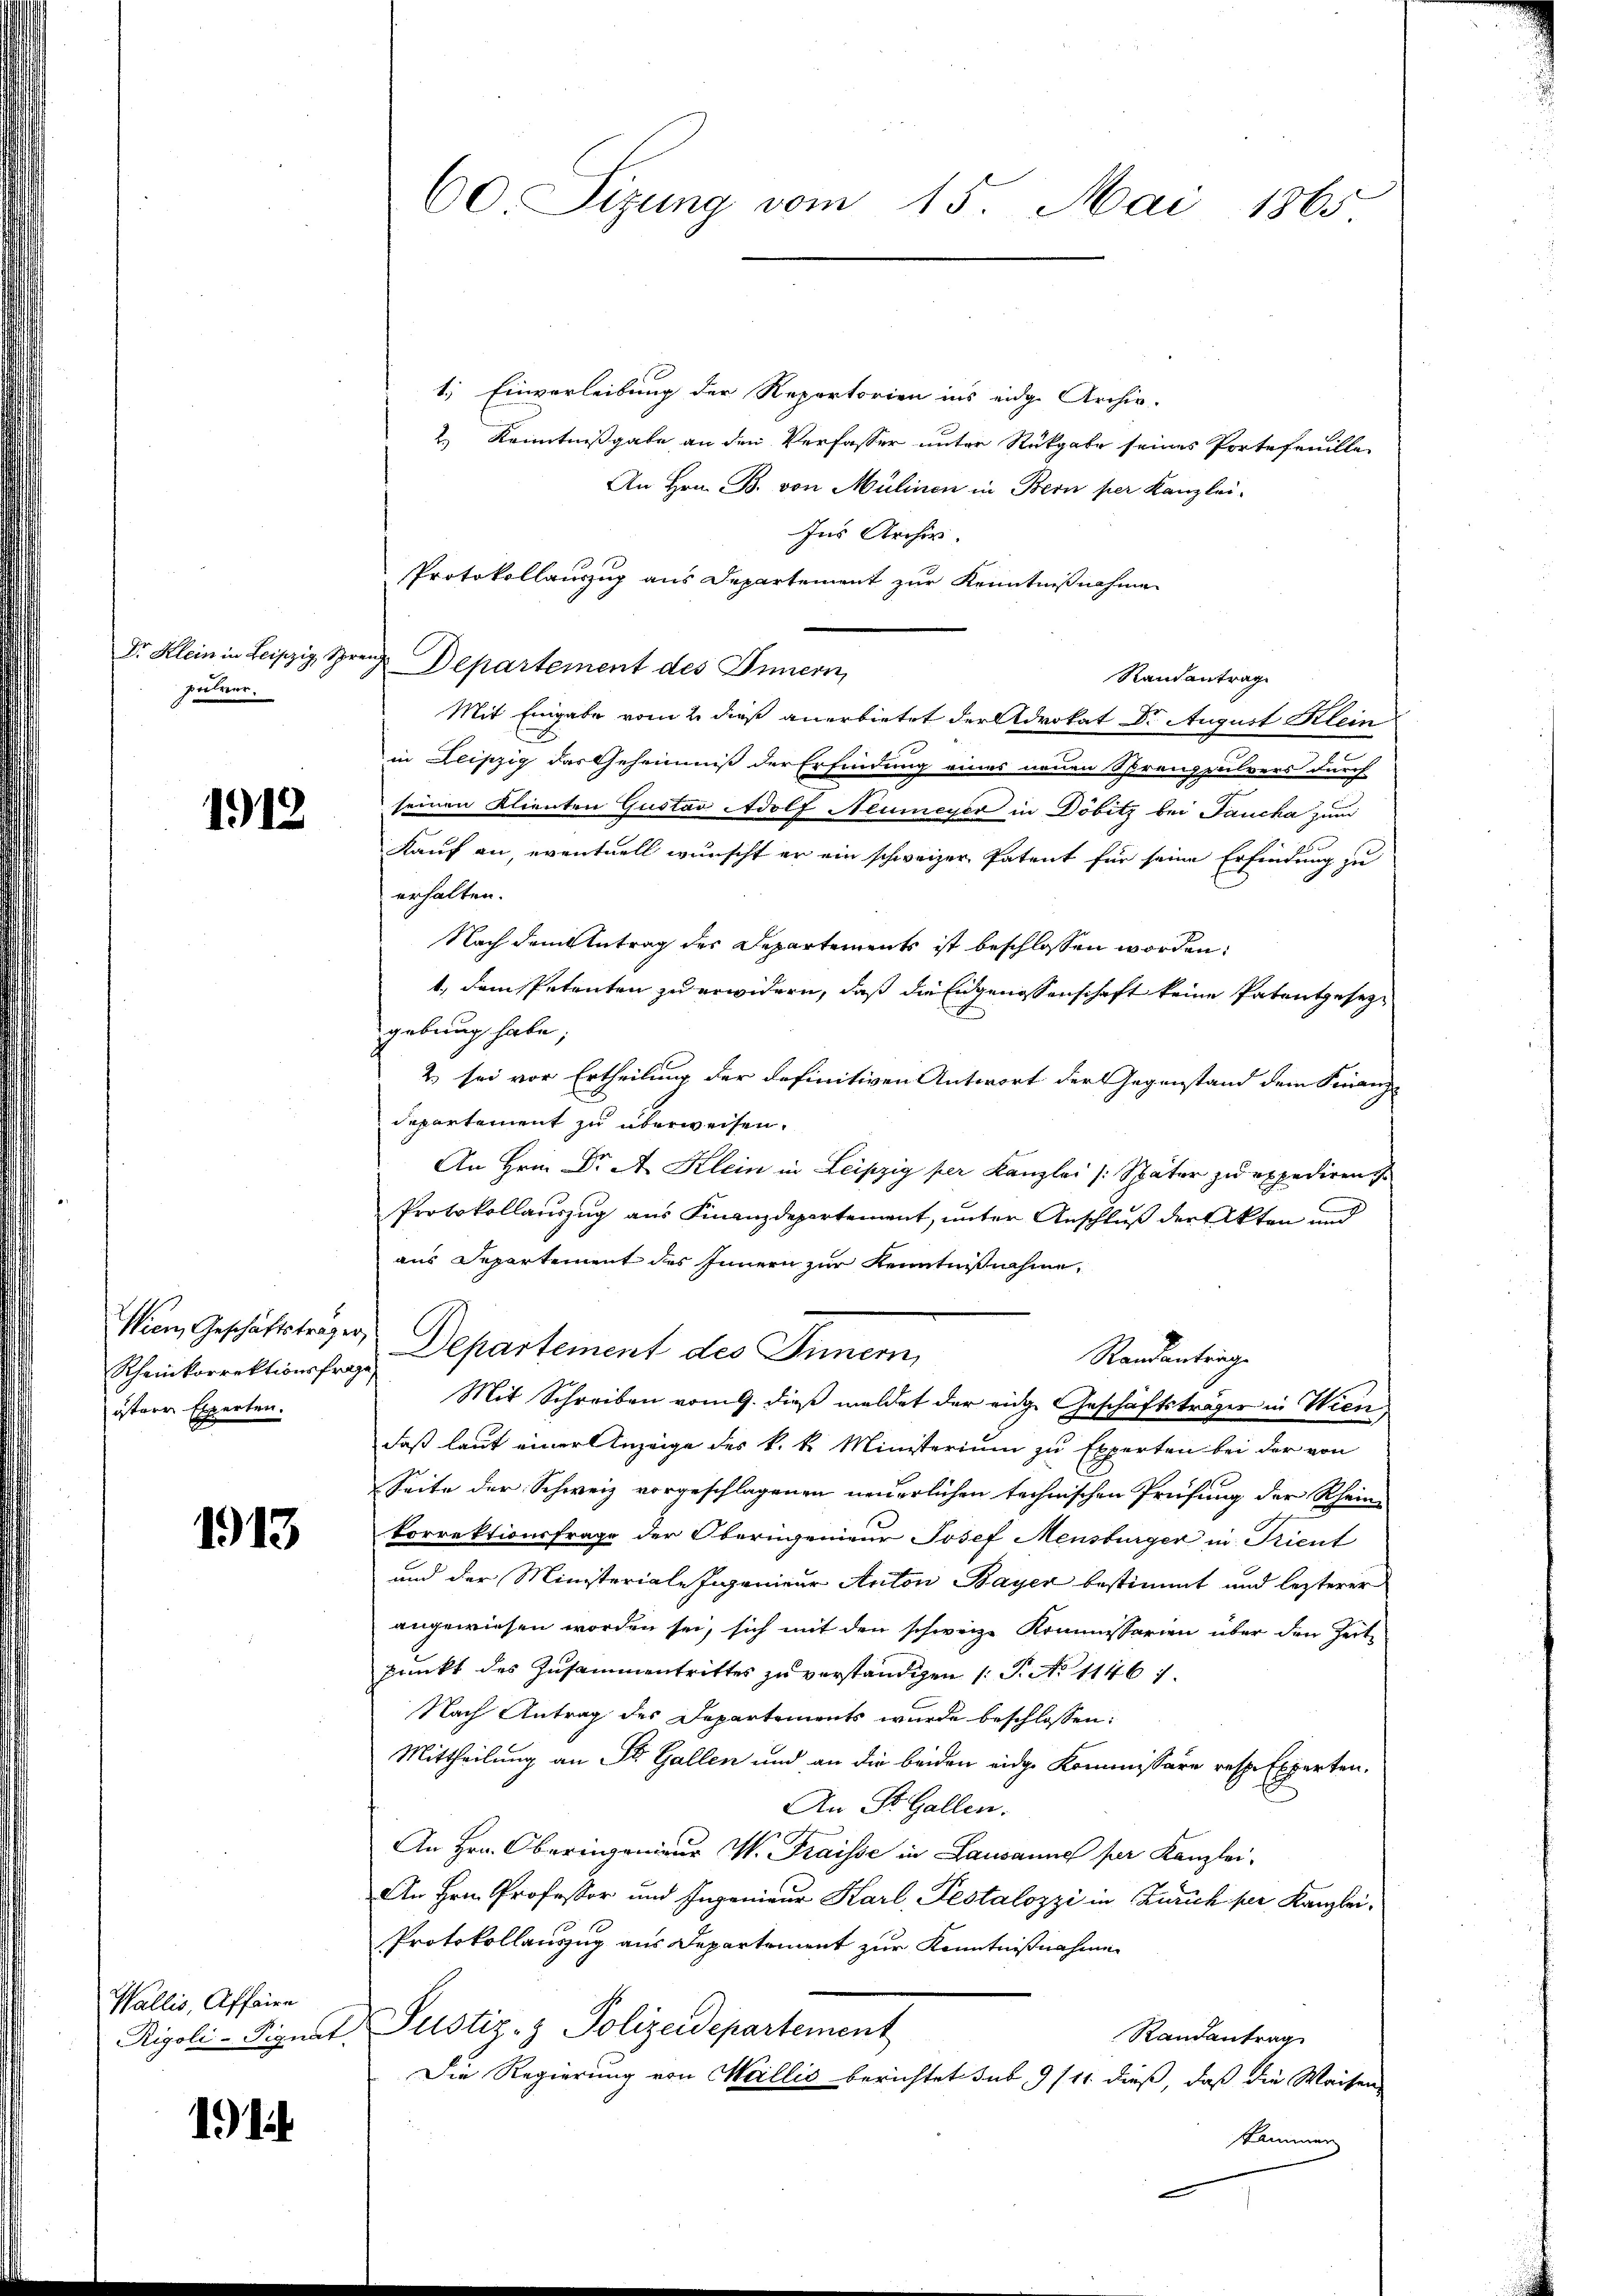
Dr. Klein in Leipzig, Spreng
pulver.

1913

Wien, Geschäftsträger,
östere Experten.

1913

Wallis, Affaire

1) i

1. Einverleibung der Repartorien ins eidge Archiv-
2) Kenntnißgabe an den Verfasser unter Rückgabe seines Portefanille
An Hrn. B. von Mülinen in Bern per Kanzlei-
Ins Archiv.
Protokollauszug aus Departement zur Kenntnißnahme
Departement des Innern,
Randantrag
Mit Eingabe vom 2. dieß anerbietet der Advokat Dr. August Klein
in Kliszig das Geheimis der Erfindung eines neuen Sprenzpulvers durch
seinen Klienten Gustav Adolf Neumeyer in Döbitz bei Jaucha zum
Kauf an, eventuell wünscht er ein schweizer Patent für seine Erfindung zu
erhalten.
Nach dem Antrag des Departements ist beschlossen worden.
t., dem Petenten zu erwidern, daß die Eidgenossenschaft keine Patentgesezgebung habe,
2) sei vor Ertheilung der definitiven Antwort der Gegenstand dem Finanz-
departement zu überweisen.
An Hrn. Dr A. Klein in Leipzig per Kanzlei [Später zu expediren
Protokollauszug aus Finanzdepartement, unter Anschluß der Akten und
aus Departement des Innern zur Kenntnißnahme,
Randantrage
Scheinkorrektionsfrau Departement des Innern,
Mit Schreiben vom 9. dieß meldet der eige Geschäftsträger in Wien
daß laut einer Anzeige des k. k. Ministerium zu Experten bei der von
Seite der Schweiz vorgeschlagenen neuerlichen technischen Prüfung der Rhein-
korrektionsfrage der Oberingenieur Josef Mensbürger in Krient
und der Ministeriale Ingenieur Anton Bayer bestimmt und lezterer
angewiesen worden sei, sich mit den schweiz. Kommissarien über den Zeit-
punkt des Zusammentrittes zu verständigen (: P. No 1146:
Nach Antrag des Departements wurde beschlossen:
Mittheilung an St. Gallen und an die beiden eidge Kommissäre resp. Experten,
An St. Gallen.
An Hrn. Oberingenieur W. Traisse in Lausanne per Kanzlei-
An Hrn. Professor und Ingenieur Karl, Pestalozzi in Zürich per Kanzlei¬
Protokollauszug aus Departement zur Kenntnißnahme
Rigoli-Signat Justiz- & Polizeidepartement
Randantrag
Die Regierung von Meillis berichtet sub 9/11 dieß, daß die Waisen
skammen

60 Sizung vom 15. Mai 1865